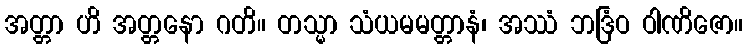
အတ္တာ ဟိ အတ္တနော ဂတိ။ တသ္မာ သံယမမတ္တာနံ၊ အဿံ ဘဒြံဝ ဝါဏိဇော။